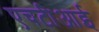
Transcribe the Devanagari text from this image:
एचटीआई